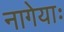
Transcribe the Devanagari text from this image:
नागेयाः